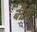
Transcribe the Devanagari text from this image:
बौरी